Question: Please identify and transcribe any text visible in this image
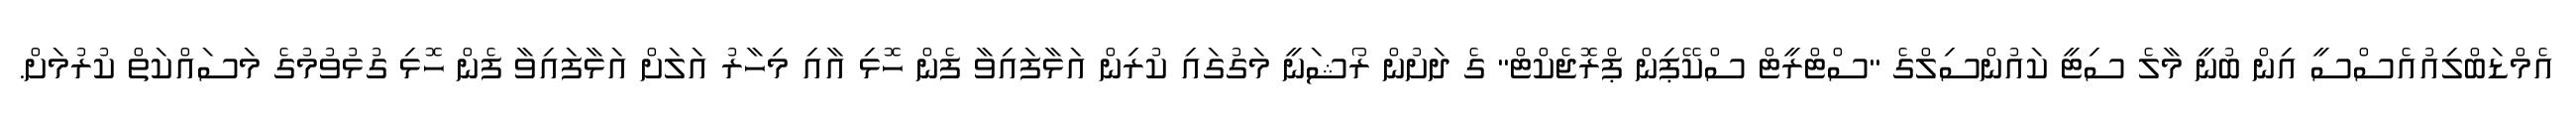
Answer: އެމްޑަބްލިއުއެސްސީ އިން ބުނީ މާލެ ސިޓީ ކައުންސިލްގެ "ސްޓްރީޓް ސްކޭޕިން ޕްރޮޖެކްޓް" ގެ ދަށުން ރޯޝަނީ މަގުގައި ކުރިން އަޅާފައިވާ ފެން ހޮޅި އާއި މިހާރު އަލަށް އަޅާފައިވާ ފެން ހޮޅި ގުޅުވުމުގެ މަސައްކަތް ކުރުމަށް.